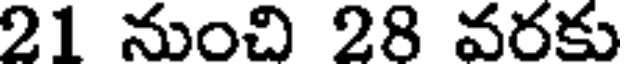
21 నుంచి 28 వరకు